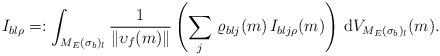
LaTeX: \begin{align*} I_{bl\rho}=: \int_{M_E(\sigma_b)_l}\dfrac{1}{\|\upsilon_f(m)\|}\left(\sum_j\,\varrho_{blj}(m)\,I_{blj\rho}(m)\right)\,\mathrm{d}V_{M_E(\sigma_b)_l}(m).\end{align*}